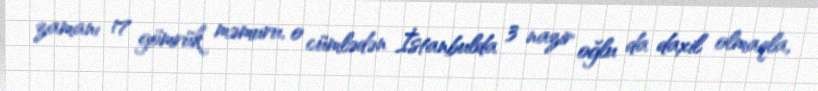
zamanı 17 gömrük məmuru, o cümlədən İstanbulda 3 nazir oğlu da daxil olmaqla,